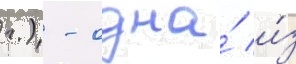
г.) - одна́ и́з